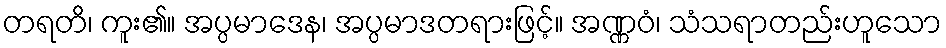
တရတိ၊ ကူး၏။ အပ္ပမာဒေန၊ အပ္ပမာဒတရားဖြင့်။ အဏ္ဏဝံ၊ သံသရာတည်းဟူသော